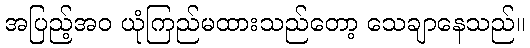
အပြည့်အဝ ယုံကြည်မထားသည်တော့ သေချာနေသည်။